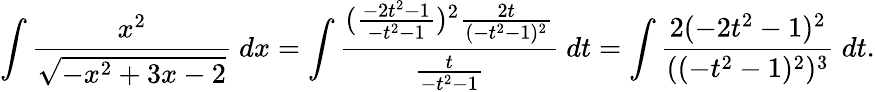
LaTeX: \int{\frac{x^{2}}{\sqrt{-x^{2}+3x-2}}}\ dx=\int{\frac{({\frac{-2t^{2}-1}{-t^{2}-1}})^{2}{\frac{2t}{(-t^{2}-1)^{2}}}}{\frac{t}{-t^{2}-1}}}\ dt=\int{\frac{2(-2t^{2}-1)^{2}}{((-t^{2}-1)^{2})^{3}}}\ dt.